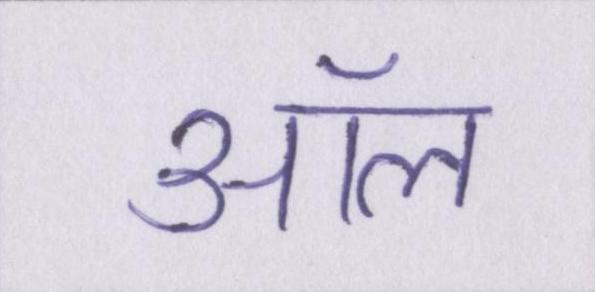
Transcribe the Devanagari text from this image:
ऑल